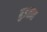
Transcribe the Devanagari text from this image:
बुडतात